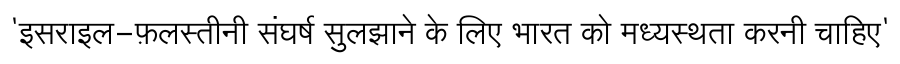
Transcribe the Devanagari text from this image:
'इसराइल-फ़लस्तीनी संघर्ष सुलझाने के लिए भारत को मध्यस्थता करनी चाहिए'